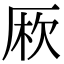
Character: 𠩱